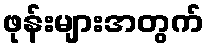
ဖုန်းများအတွက်